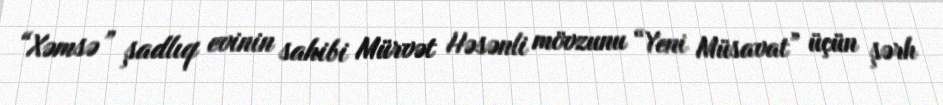
“Xəmsə” şadlıq evinin sahibi Mürvət Həsənli mövzunu “Yeni Müsavat” üçün şərh